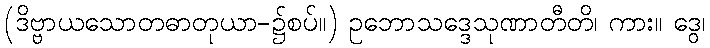
(ဒိဗ္ဗာယသောတဓာတုယာ-၌စပ်။) ဥဘောသဒ္ဒေသုဏာတီတိ၊ ကား။ ဒွေ၊